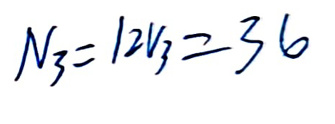
$N_3 = 12v_3 = 36$